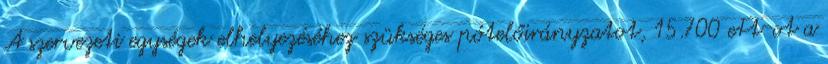
A szervezeti egységek elhelyezéséhez szükséges pótelőirányzatot, 15.700 eFt-ot a